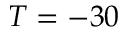
T = - 3 0